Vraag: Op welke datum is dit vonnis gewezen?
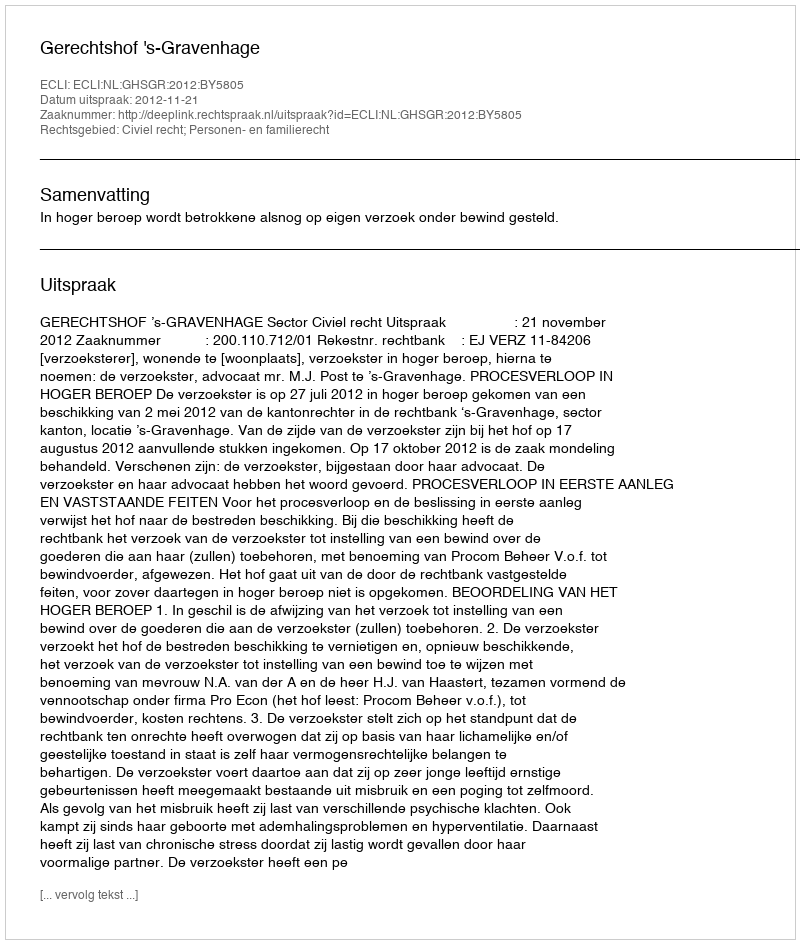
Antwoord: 2012-11-21